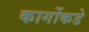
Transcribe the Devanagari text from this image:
कार्गोकडे